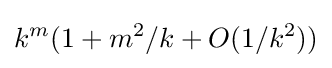
k^{m}(1+m^{2}/k+O(1/k^{2}))